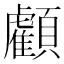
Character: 𩕷